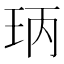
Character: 𤤝